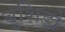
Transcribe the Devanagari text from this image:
बुशिडो